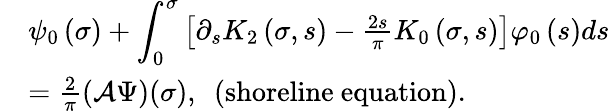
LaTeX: \begin{array}{rl}&{\psi_{0}\left(\sigma\right)+{\displaystyle\int_{0}^{\sigma}}\left[\partial_{s}K_{2}\left(\sigma,s\right)-\frac{2s}{\pi}K_{0}\left(\sigma,s\right)\right]\varphi_{0}\left(s\right)ds}\\ &{=\frac{2}{\pi}(\mathcal{A}\Psi)(\sigma),\mathrm{~\ (shoreline~equation).}}\end{array}